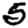
Digit: 5